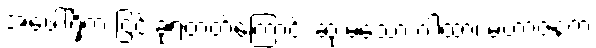
အဖေါ်ရှိက ငြင်းခုံရတတ်ကြောင်း ဆုံးမသော ဂါထာ၊ မဟာဇနက